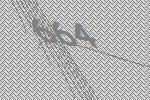
664